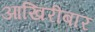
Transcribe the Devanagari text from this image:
आखिरीबार